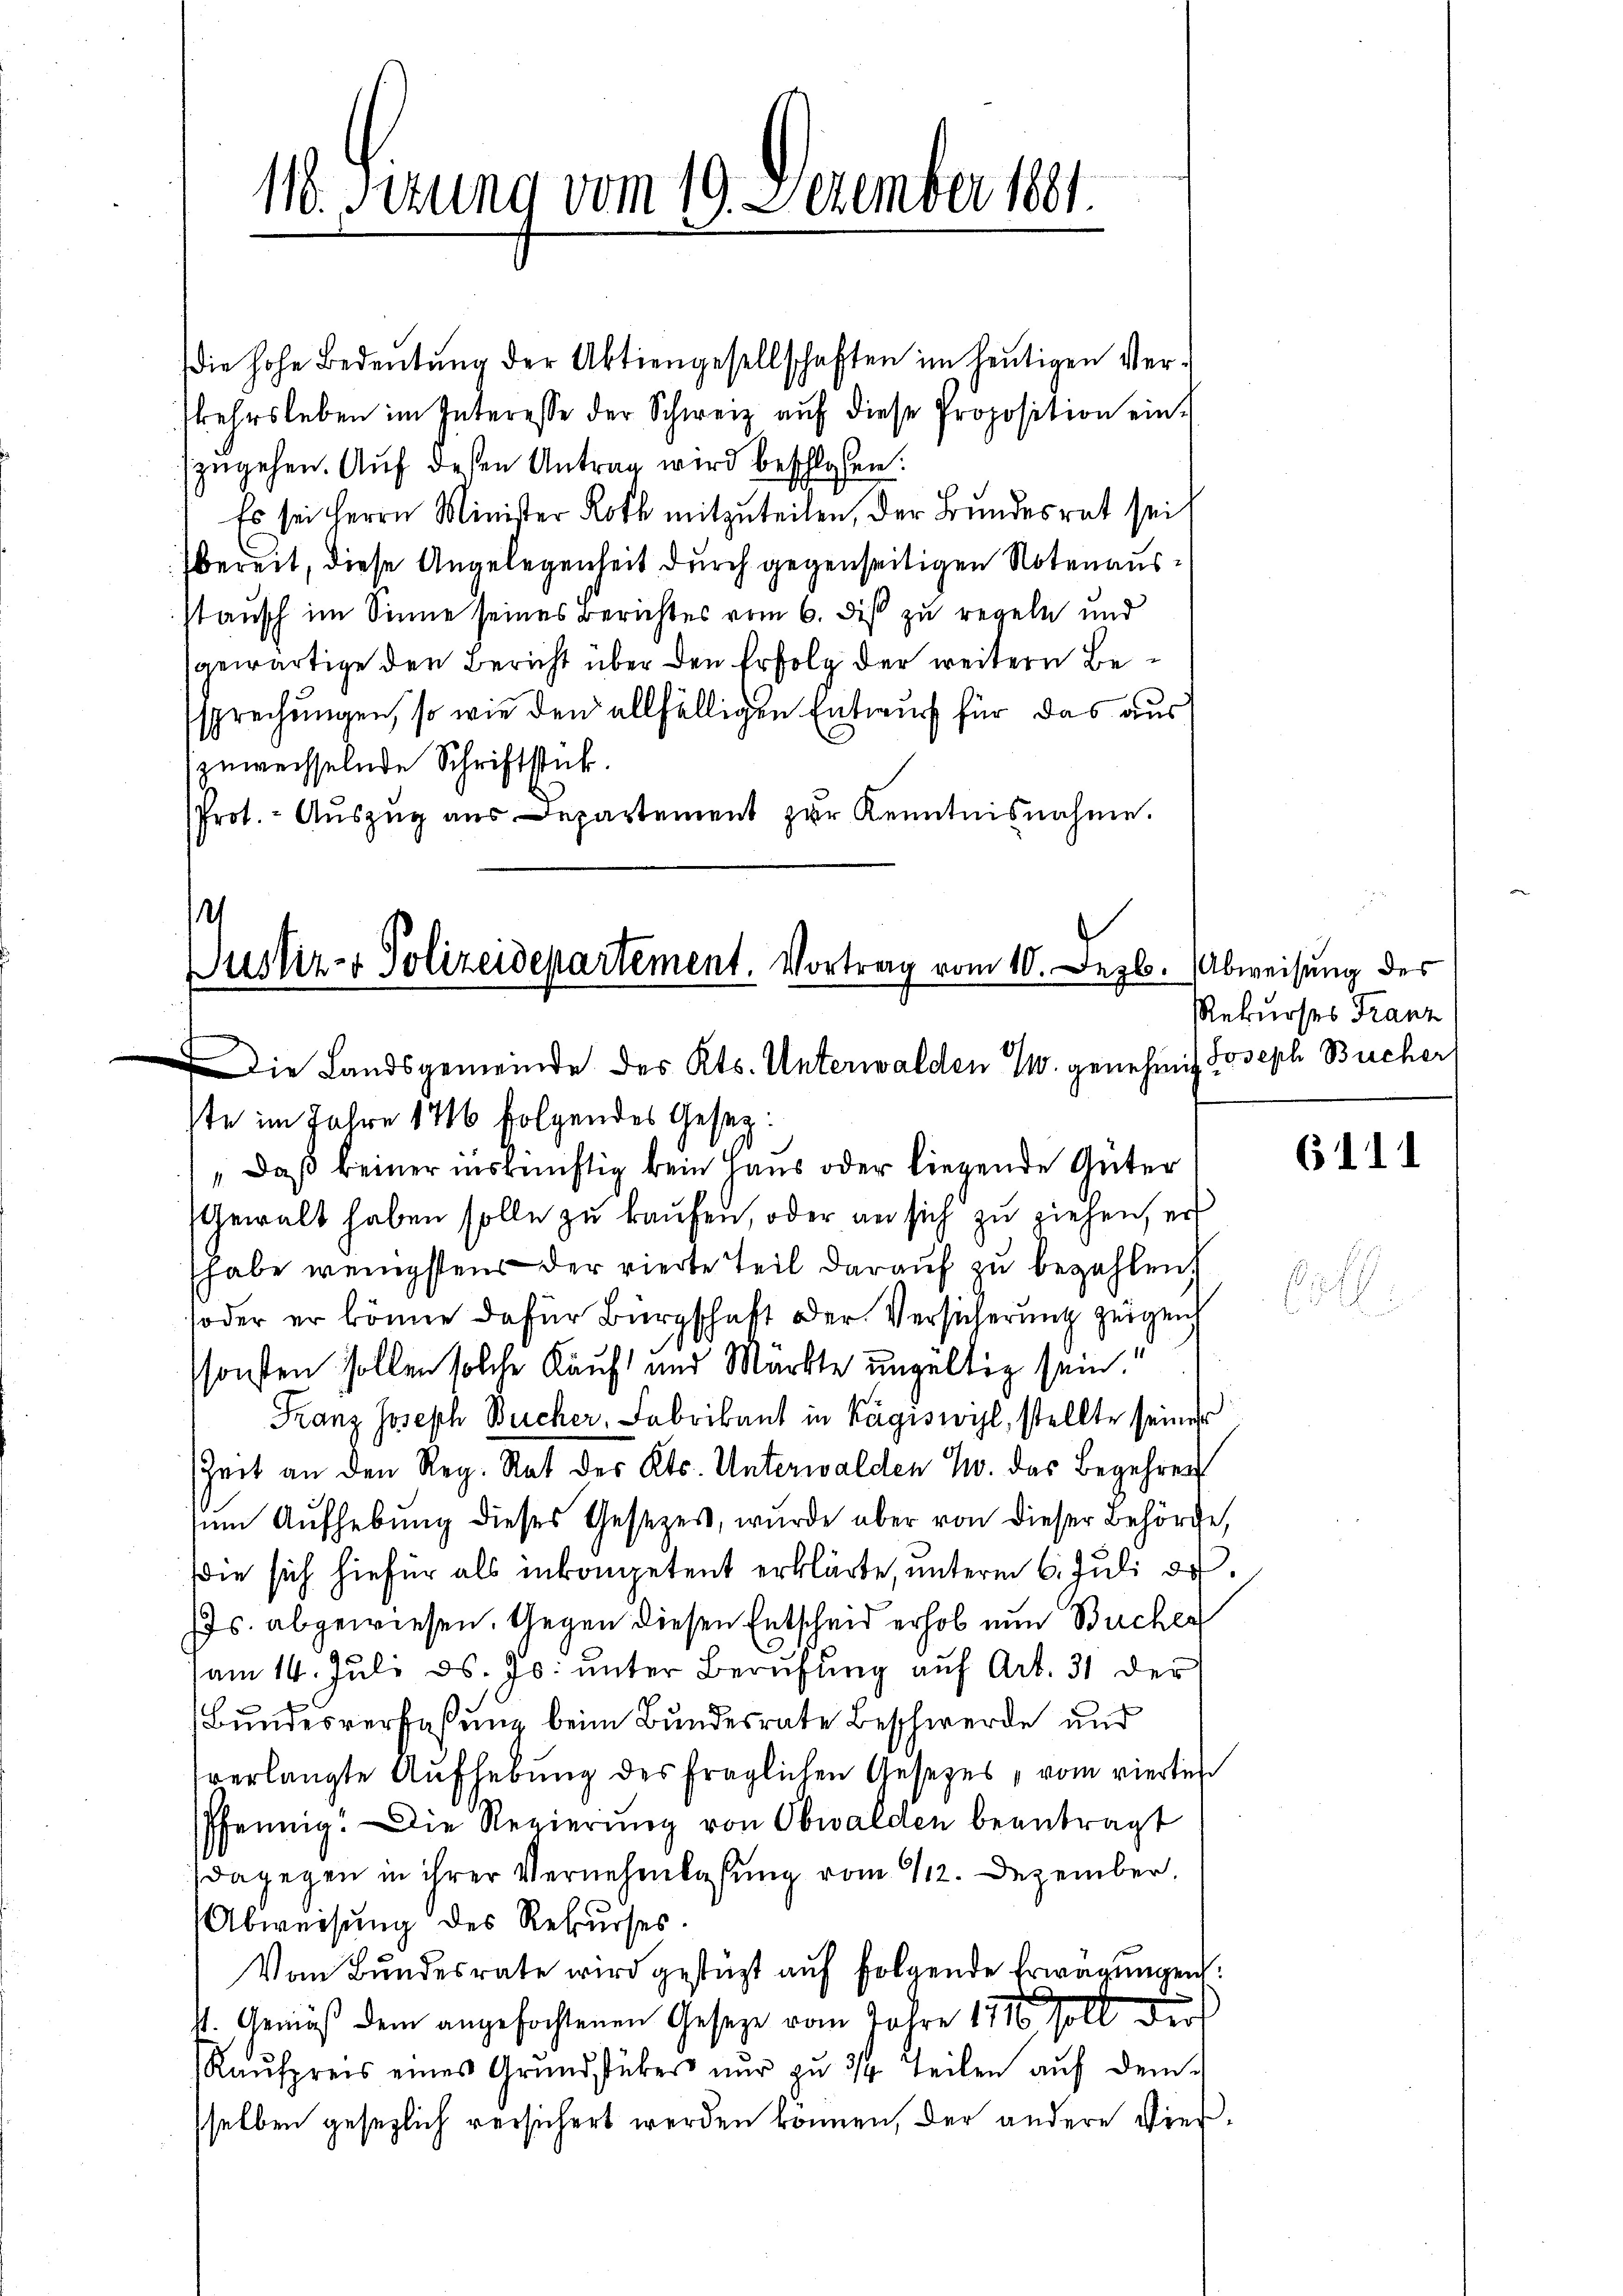
116. Sitzung vom 19. Dezember 1881.

die hohe Bedeutung der Aktiengesellschaften im heutigen Verkehrsleben im Interesse der Schweiz auf diese Proposition einzugehen. Auf dessen Antrag wird beschlossen:
Es sei Herrn Minister Roth mitzuteilen, der Bundesrat sei,
bereit, diese Angelegenheit durch gegenseitigen Notenausstausch im Sinne seines Berichtes vom 6. diß zu regeln und
gewärtige der Bericht über den Erfolg der weitern Bessprechungen, so wie den allfälligen Entwurf für das aus
zuweisselnde Schriftstück.
Prot. - Aŭszŭg aŭs Departement zŭr Kenntnisnahme.

e
Justiz- & Polizeidepartement. Vortrag vom 10. Dezb. Abweisung des
Die Landsgemeinde des Kts. Unterwalden Z. genehmig Joseph Bucher

ste im Jahre 1716 folgendes Gesez:
„Daß keiner inskünftig kein Haus oder liegende Güter
Gewalt haben solle zu kaufen, oder an sich zu ziehen, er
habe wenigstens der vierte Teil darauf zu bezahlen
soder er könne dafür Bürgschaft der Versicherung zeigen
sonsten sollen solche Kauft und Märkte ungültig sein.
Franz Joseph Bercher, Fabrikant in Kägiswil, stellte seiner
Zeit an den Reg. Rat des Kts. Unterwalden W. das Begehren
zum Aufhebung dieses Gesetzes, wurde aber von dieser Behörde,
die sich hiefür als inkompetent erklärte, unterm 6. Juli d.
Js. abgewiesen. Gegen diesen Entscheid erhob nun Bucher
am 14. Juli d. Js. unter Berufung auf Art. 31 der
Bundesverfaßung beim Bundesrate Beschwerde und
verlangte Aufhebung des fraglichen Gesetzes, vom vierten
Pfennig. Die Regierŭng von Obwalden beantragt
dagegen in ihrer Vernehmlasung vom 112. Dezember.
Abweisung des Rekurses.
Vom Bundesrate wird gestützt auf folgende Erwägungen:
4. Gemäß dem angefochtenen Gesetze vom Jahre 1710 soll dur
Kaufpreis eines Grundstükers nur zu 3 Teilen auf dem
sselben gesezlich versichert werden können, der andere Vier¬

Rekurses Franz

6111